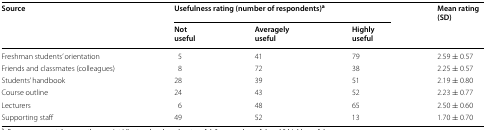
| Source | <COLSPAN=3> Usefulness rating (number of respondents)a | Mean rating (SD) |
 |  | Not useful | Averagely useful | Highly useful |  |
 | --- | --- | --- | --- | --- |
 | Freshman students’ orientation | 5 | 41 | 79 | 2.59 ± 0.57 |
 | Friends and classmates (colleagues) | 8 | 72 | 38 | 2.25 ± 0.57 |
 | Students’ handbook | 28 | 39 | 51 | 2.19 ± 0.80 |
 | Course outline | 24 | 43 | 52 | 2.23 ± 0.77 |
 | Lecturers | 6 | 48 | 65 | 2.50 ± 0.60 |
 | Supporting staff | 49 | 52 | 13 | 1.70 ± 0.70 |